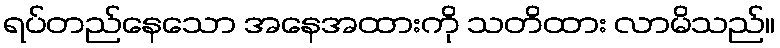
ရပ်တည်နေသော အနေအထားကို သတိထား လာမိသည်။